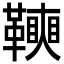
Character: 𩍟